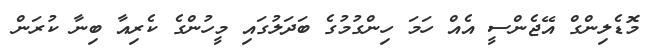
މޮޑެލިންގް އޭޖެންސީ އެއް ހަމަ ހިންގުމުގެ ބަދަލުގައި މީހުންގެ ކެރިއާ ބިނާ ކުރަން